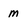
Character: m